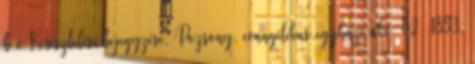
b c Keresztelési bejegyzése, Pozsony, evangélikus egyházi akv. 52 1893.